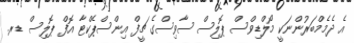
އެ ދެމެމްބަރުންނަކީ މޯލްޑިވްސް ޕޮލިސް ސާވިސްގެ ޗީފް އިންސްޕެކްޓާ އޮފް ޕޮލިސް ޑރ.